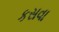
કસવા